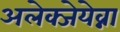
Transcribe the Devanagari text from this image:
अलेक्जेयेव्ना